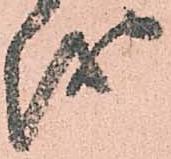
越